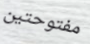
مفتوحتين